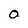
Character: O